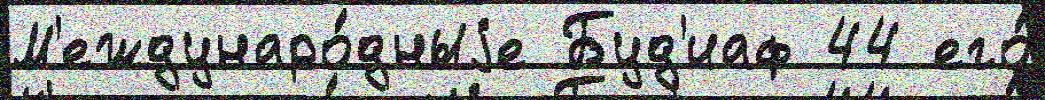
М'еждунаро́дныjе Буд'иаф 44 его́